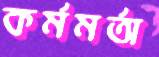
কর্মমর্তা